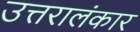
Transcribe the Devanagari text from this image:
उत्तरालंकार